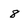
Character: 8